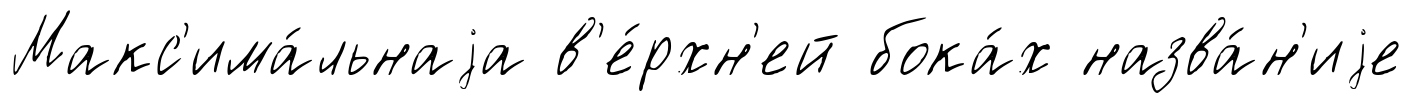
Макс'има́льнаjа в'е́рхн'ей бока́х назва́н'иjе